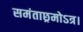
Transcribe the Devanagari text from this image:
समंताछ्रमोऽत्र।